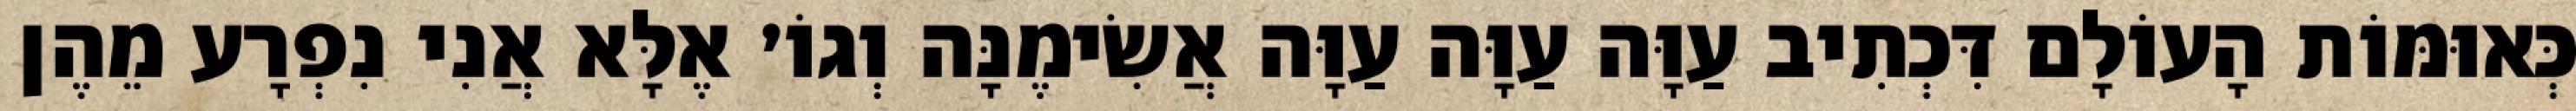
כְּאוּמּוֹת הָעוֹלָם דִּכְתִיב עַוָּה עַוָּה עַוָּה אֲשִׂימֶנָּה וְגוֹ׳ אֶלָּא אֲנִי נִפְרָע מֵהֶן